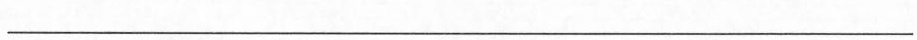
___